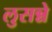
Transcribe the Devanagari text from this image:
लुसन्ने